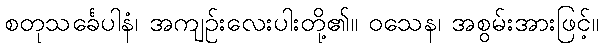
စတုသင်္ခေပါနံ၊ အကျဉ်းလေးပါးတို့၏။ ဝသေန၊ အစွမ်းအားဖြင့်။